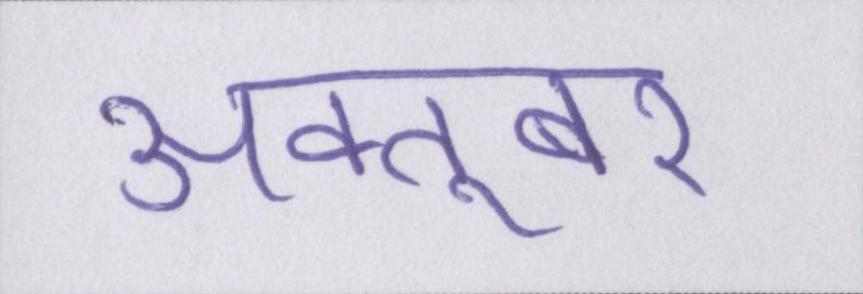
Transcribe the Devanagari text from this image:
अक्तूबर